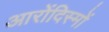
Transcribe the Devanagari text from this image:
आरोंदिस्मों